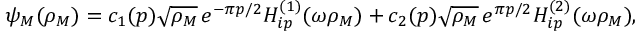
\psi _ { M } ( \rho _ { M } ) = c _ { 1 } ( p ) \sqrt { \rho _ { M } } \, e ^ { - \pi p / 2 } H _ { i p } ^ { ( 1 ) } ( \omega \rho _ { M } ) + c _ { 2 } ( p ) \sqrt { \rho _ { M } } \, e ^ { \pi p / 2 } H _ { i p } ^ { ( 2 ) } ( \omega \rho _ { M } ) ,